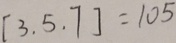
[ 3 . 5 . 7 ] = 1 0 5